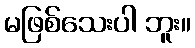
မဖြစ်သေးပါ ဘူး။